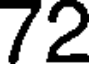
72